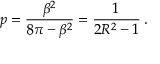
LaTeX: \displaystyle p = \frac { \beta ^ { 2 } } { 8 \pi - \beta ^ { 2 } } = \frac { 1 } { 2 R ^ { 2 } - 1 } \: .